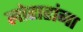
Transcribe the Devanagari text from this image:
लोहारांना